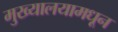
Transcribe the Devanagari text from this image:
मुख्यालयामधून